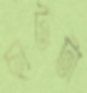
ছাটটা